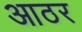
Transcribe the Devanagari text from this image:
आठर